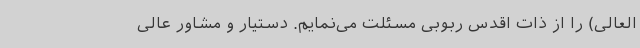
العالی) را از ذات اقدس ربوبی مسئلت می‌نمایم. دستیار و مشاور عالی